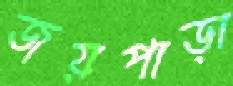
জয়পাড়া